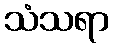
သံသရာ